Rangoon Lunatic Asylum 1878-1892 - 1878-1892
Year: 1878
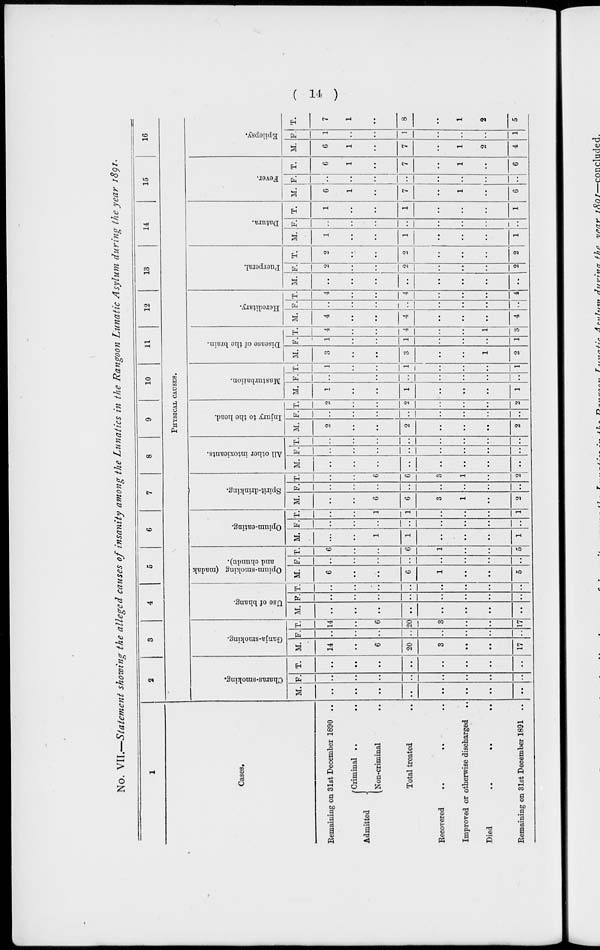
( 14 )
No. VII.—Statement showing the alleged causes of insanity among the Lunatics in the Rangoon Lunatic Asylum during the year 1891.
1
Cases.
Remaining on 31st December 1890 ..
Admitted
Criminal .. ..
Non-criminal ..
Total treated ..
Recovered
..
..
..
Improved or otherwise discharged ..
Died
..
.. ..
Remaining on 31st December 1891 ..
2
3
4
5
6
7
8
9
10
11
12
13
14
15
16
PHYSICAL CAUSES.
Charas-smoking.
M.
..
..
..
..
..
..
..
..
F.
..
..
..
..
..
..
..
..
T.
..
..
..
..
..
..
..
..
Ganja-smoking.
M.
14
..
6
20
3
..
..
..
F.
..
..
..
..
..
..
..
..
T.
14
..
6
20
3
..
..
17
Use of bhang.
M.
..
..
..
..
..
..
..
..
F.
..
..
..
..
..
..
..
..
T.
..
..
..
..
..
..
..
..
Opium-smoking (madak
and chandu).
M.
6
..
..
6
1
..
..
5
F.
..
..
..
..
..
..
..
..
T.
6
..
..
6
1
..
..
5
Opium-eating.
M.
..
..
1
1
..
..
..
1
F.
..
..
..
..
..
..
..
..
T.
..
..
1
1
..
..
..
1
Spirit-drinking.
M.
..
..
6
6
3
1
..
2
F.
..
..
..
..
..
..
..
..
T.
..
..
6
6
3
1
..
2
All other intoxicants.
M.
..
..
..
..
..
..
..
..
F.
..
..
..
..
..
..
..
..
T.
..
..
..
..
..
..
..
..
Injury to the head.
M.
2
..
..
2
..
..
..
2
F.
..
..
..
..
..
..
..
..
T.
2
..
..
2
..
..
..
2
Masturbation.
M.
1
..
..
1
..
..
..
1
F.
..
..
..
..
..
..
..
..
T.
1
..
..
1
..
..
..
1
Disease of the brain.
M.
3
..
..
3
..
..
1
2
F.
1
..
..
1
..
..
..
1
T.
4
..
..
4
..
..
1
3
Hereditary.
M.
4
..
..
4
..
..
..
4
F.
..
..
..
..
..
..
..
..
T.
4
..
..
4
..
..
..
4
Puerperal.
M.
..
..
..
..
..
..
..
..
F.
2
..
..
2
..
..
..
2
T.
2
..
..
2
..
..
..
2
Datura.
M.
1
..
..
1
..
..
..
1
F.
..
..
..
..
..
..
..
..
T.
1
..
..
1
..
..
..
1
Fever.
M.
6
1
..
7
..
1
..
6
F.
..
..
..
..
..
..
..
..
T.
6
1
..
7
..
1
..
6
Epilepsy.
M.
6
1
..
7
..
1
2
4
F.
1
..
..
1
..
..
..
1
T.
7
1
..
8
..
1
2
5